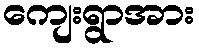
ကျေးရွာအား